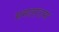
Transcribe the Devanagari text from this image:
ममताराम